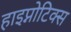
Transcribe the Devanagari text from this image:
हाइप्नोटिक्स